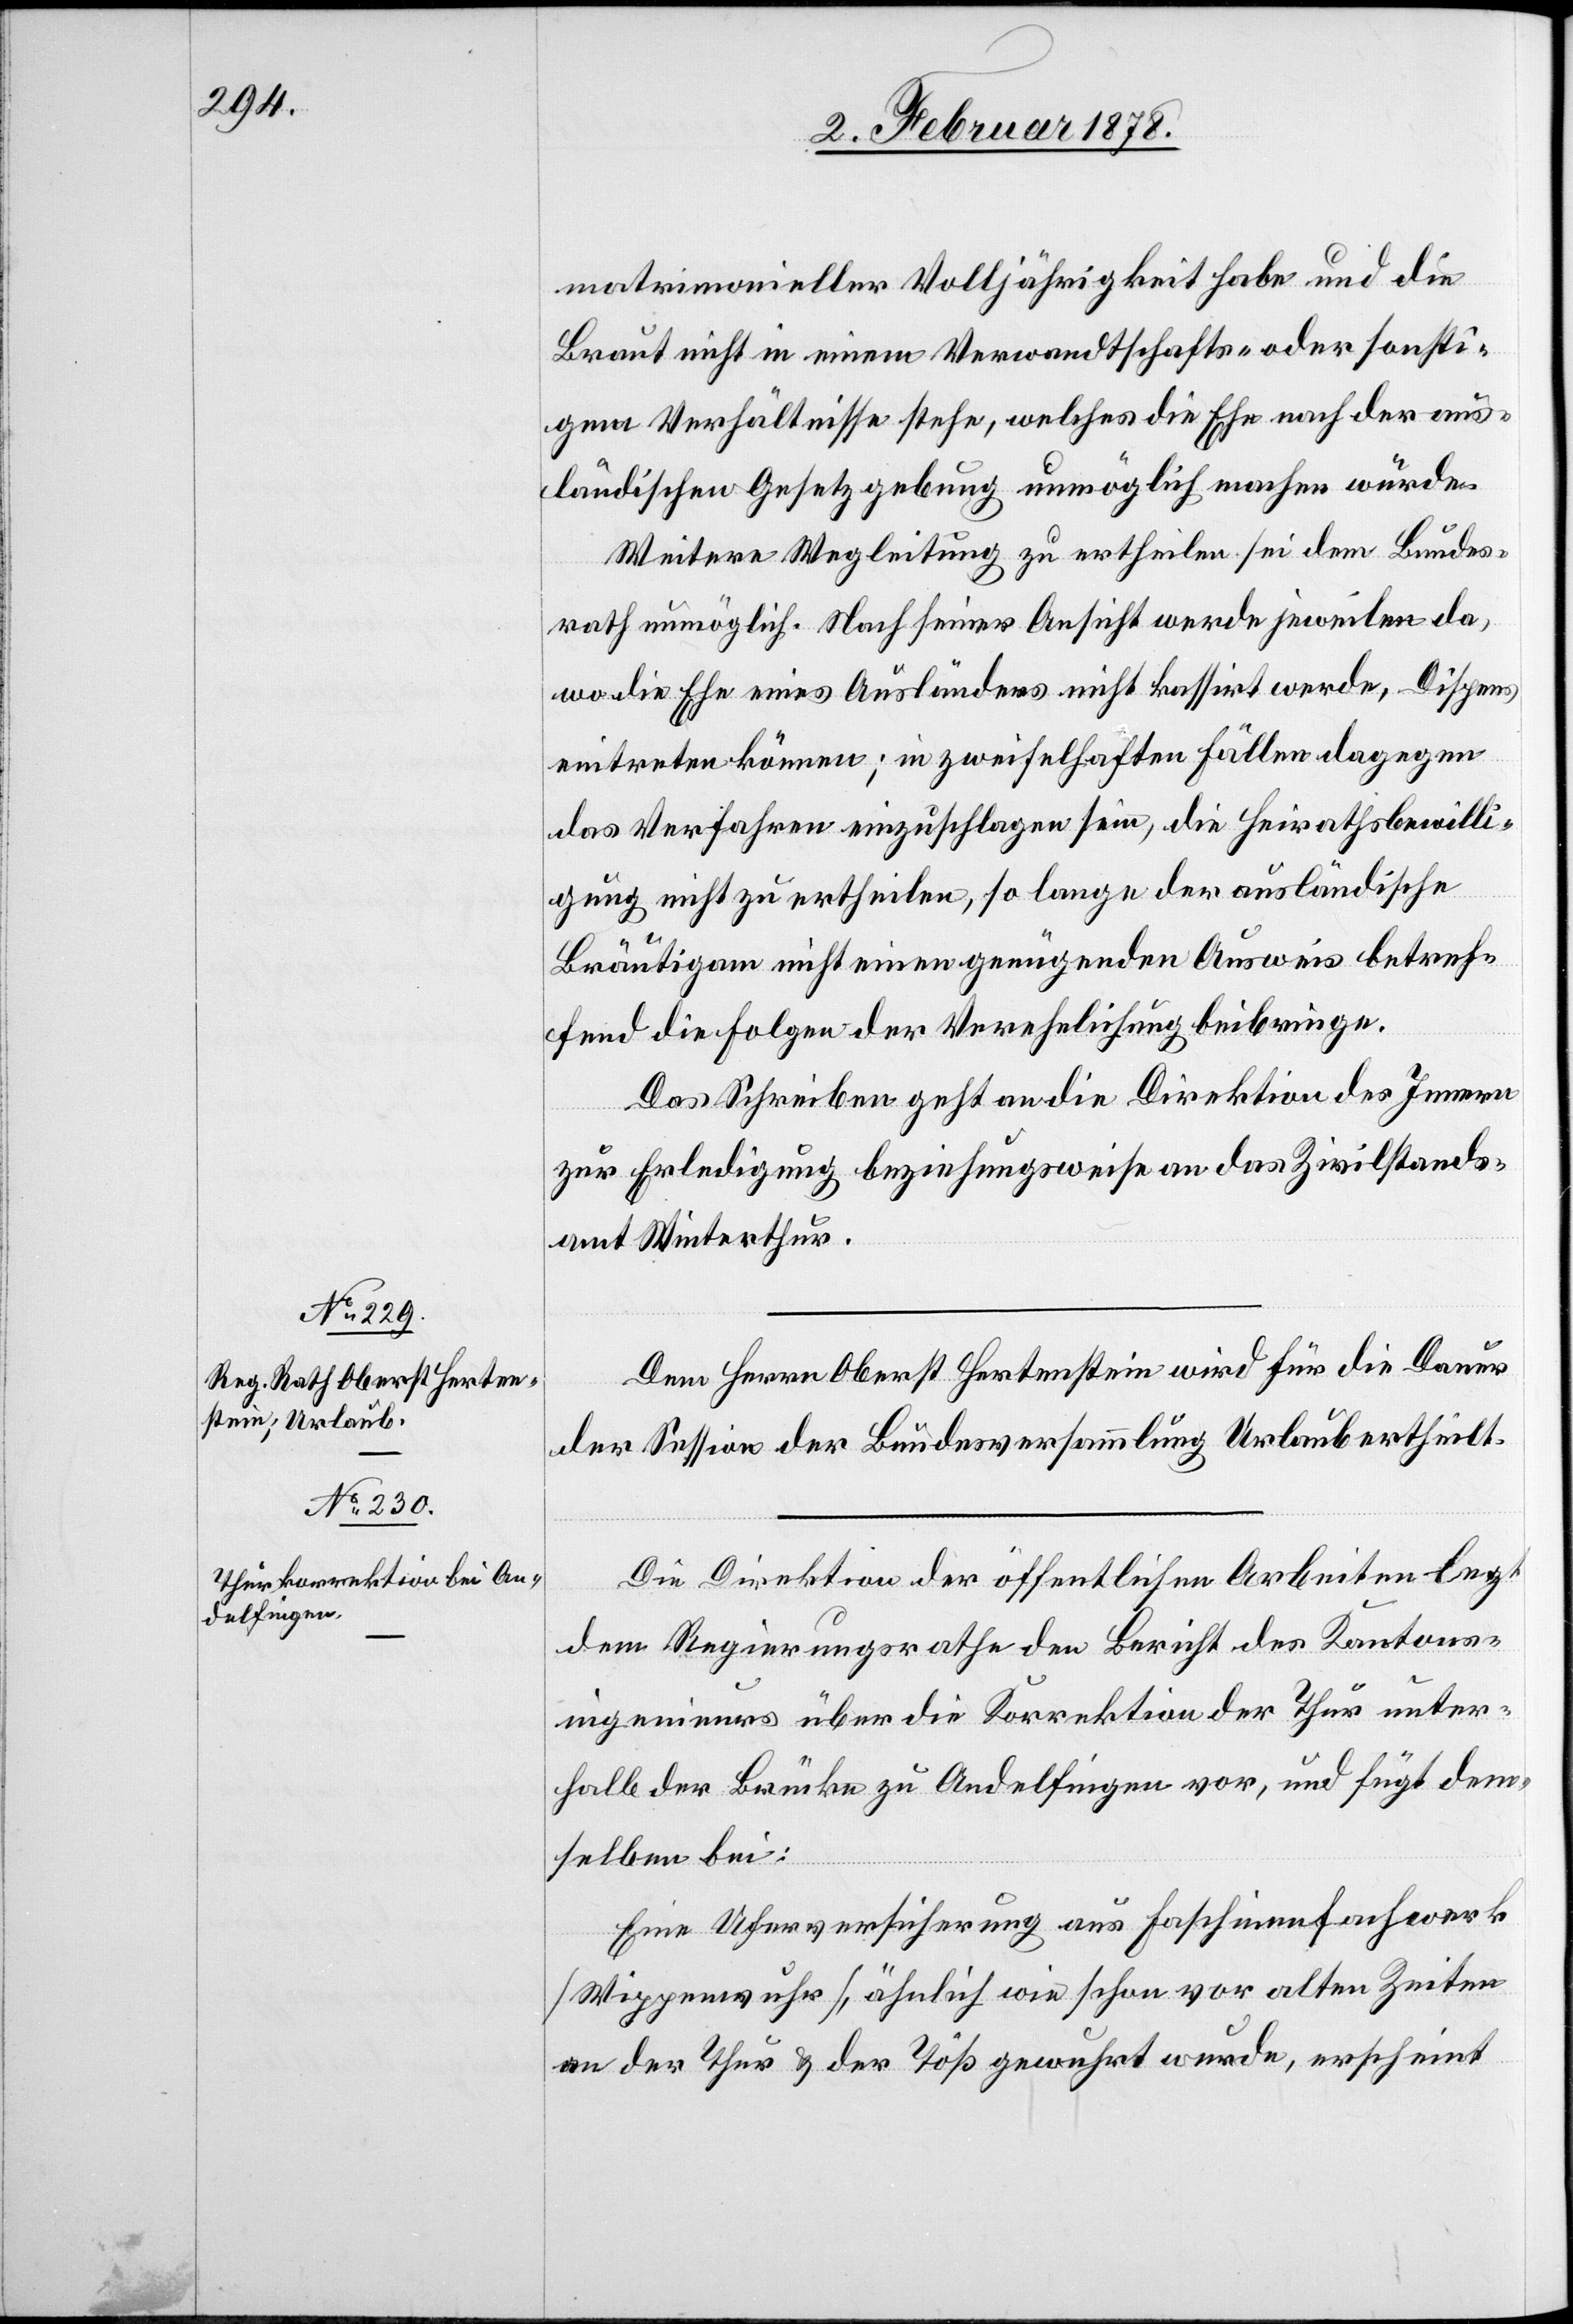
matrimonieller Volljährigkeit habe und die
Braut nicht in einem Verwandtschafts- oder sonsti¬
gem Verhältnisse stehe, welches die Ehe nach der aus¬
ländischen Gesetzgebung unmöglich machen würde.
Weitere Wegleitung zu ertheilen sei dem Bundes¬
rath unmöglich. Nach seiner Ansicht werde jeweilen da,
wo die Ehe eines Ausländers nicht kassirt werde, Dispens
eintreten können; in zweifelhaften Fällen dagegen
das Verfahren einzuschlagen sein, die Heirathsbewilli¬
gung nicht zu ertheilen, so lange der ausländische
Bräutigam nicht einen genügenden Ausweis betref¬
fend die Folgen der Verehelichung beibringe.
Das Schreiben geht an die Direktion des Innern
zur Erledigung beziehungsweise an das Zivilstands¬
amt Winterthur.
Dem Herrn Oberst Hertenstein wird für die Dauer
der Session der Bundesversammlung Urlaub ertheilt.
Die Direktion der öffentlichen Arbeiten legt
dem Regierungsrathe den Bericht des Kantons¬
ingenieurs über die Korrektion der Thur unter¬
halb der Brücke zu Andelfingen vor, und fügt dem¬
selben bei:
Eine Uferversicherung aus Faschinenfachwerk
(Wippenwuhr), ähnlich wie schon vor alten Zeiten
an der Thur & der Töß gewuhrt wurde, erscheint